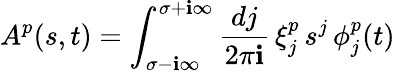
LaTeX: A_{}^{p}(s,t)=\int_{\sigma-\mathbf{i}\infty}^{\sigma+\mathbf{i}\infty}\frac{{dj}}{{2\pi\mathbf{i}}}\, \xi_{j}^{p}\, s_{}^{j}\, \phi_{j}^{p}(t)